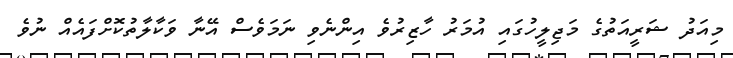
މިއަދު ޝަރީއަތުގެ މަޖިލީހުގައި އުމަރު ހާޒިރުވެ އިންނެވި ނަމަވެސް އޭނާ ވަކާލާތުކޮށްފައެއް ނުވެ